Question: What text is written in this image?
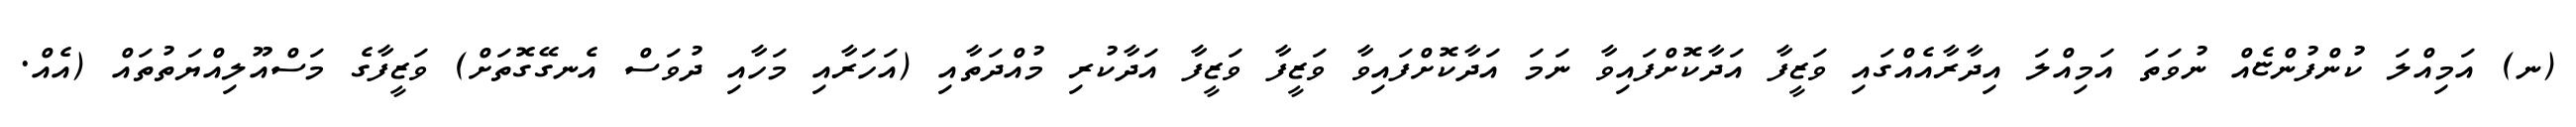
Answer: (ނ) އަމިއްލަ ކުންފުންޏެއް ނުވަތަ އަމިއްލަ އިދާރާއެއްގައި ވަޒީފާ އަދާކޮށްފައިވާ ނަމަ އަދާކޮށްފައިވާ ވަޒީފާ ވަޒީފާ އަދާކުރި މުއްދަތާއި (އަހަރާއި މަހާއި ދުވަސް އެނގޭގޮތަށް) ވަޒީފާގެ މަސްއޫލިއްޔަތުތައް (އެއް.